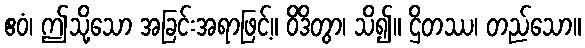
ဧဝံ၊ ဤသို့သော အခြင်းအရာဖြင့်။ ဝိဒိတွာ၊ သိ၍။ ဌိတဿ၊ တည်သော။